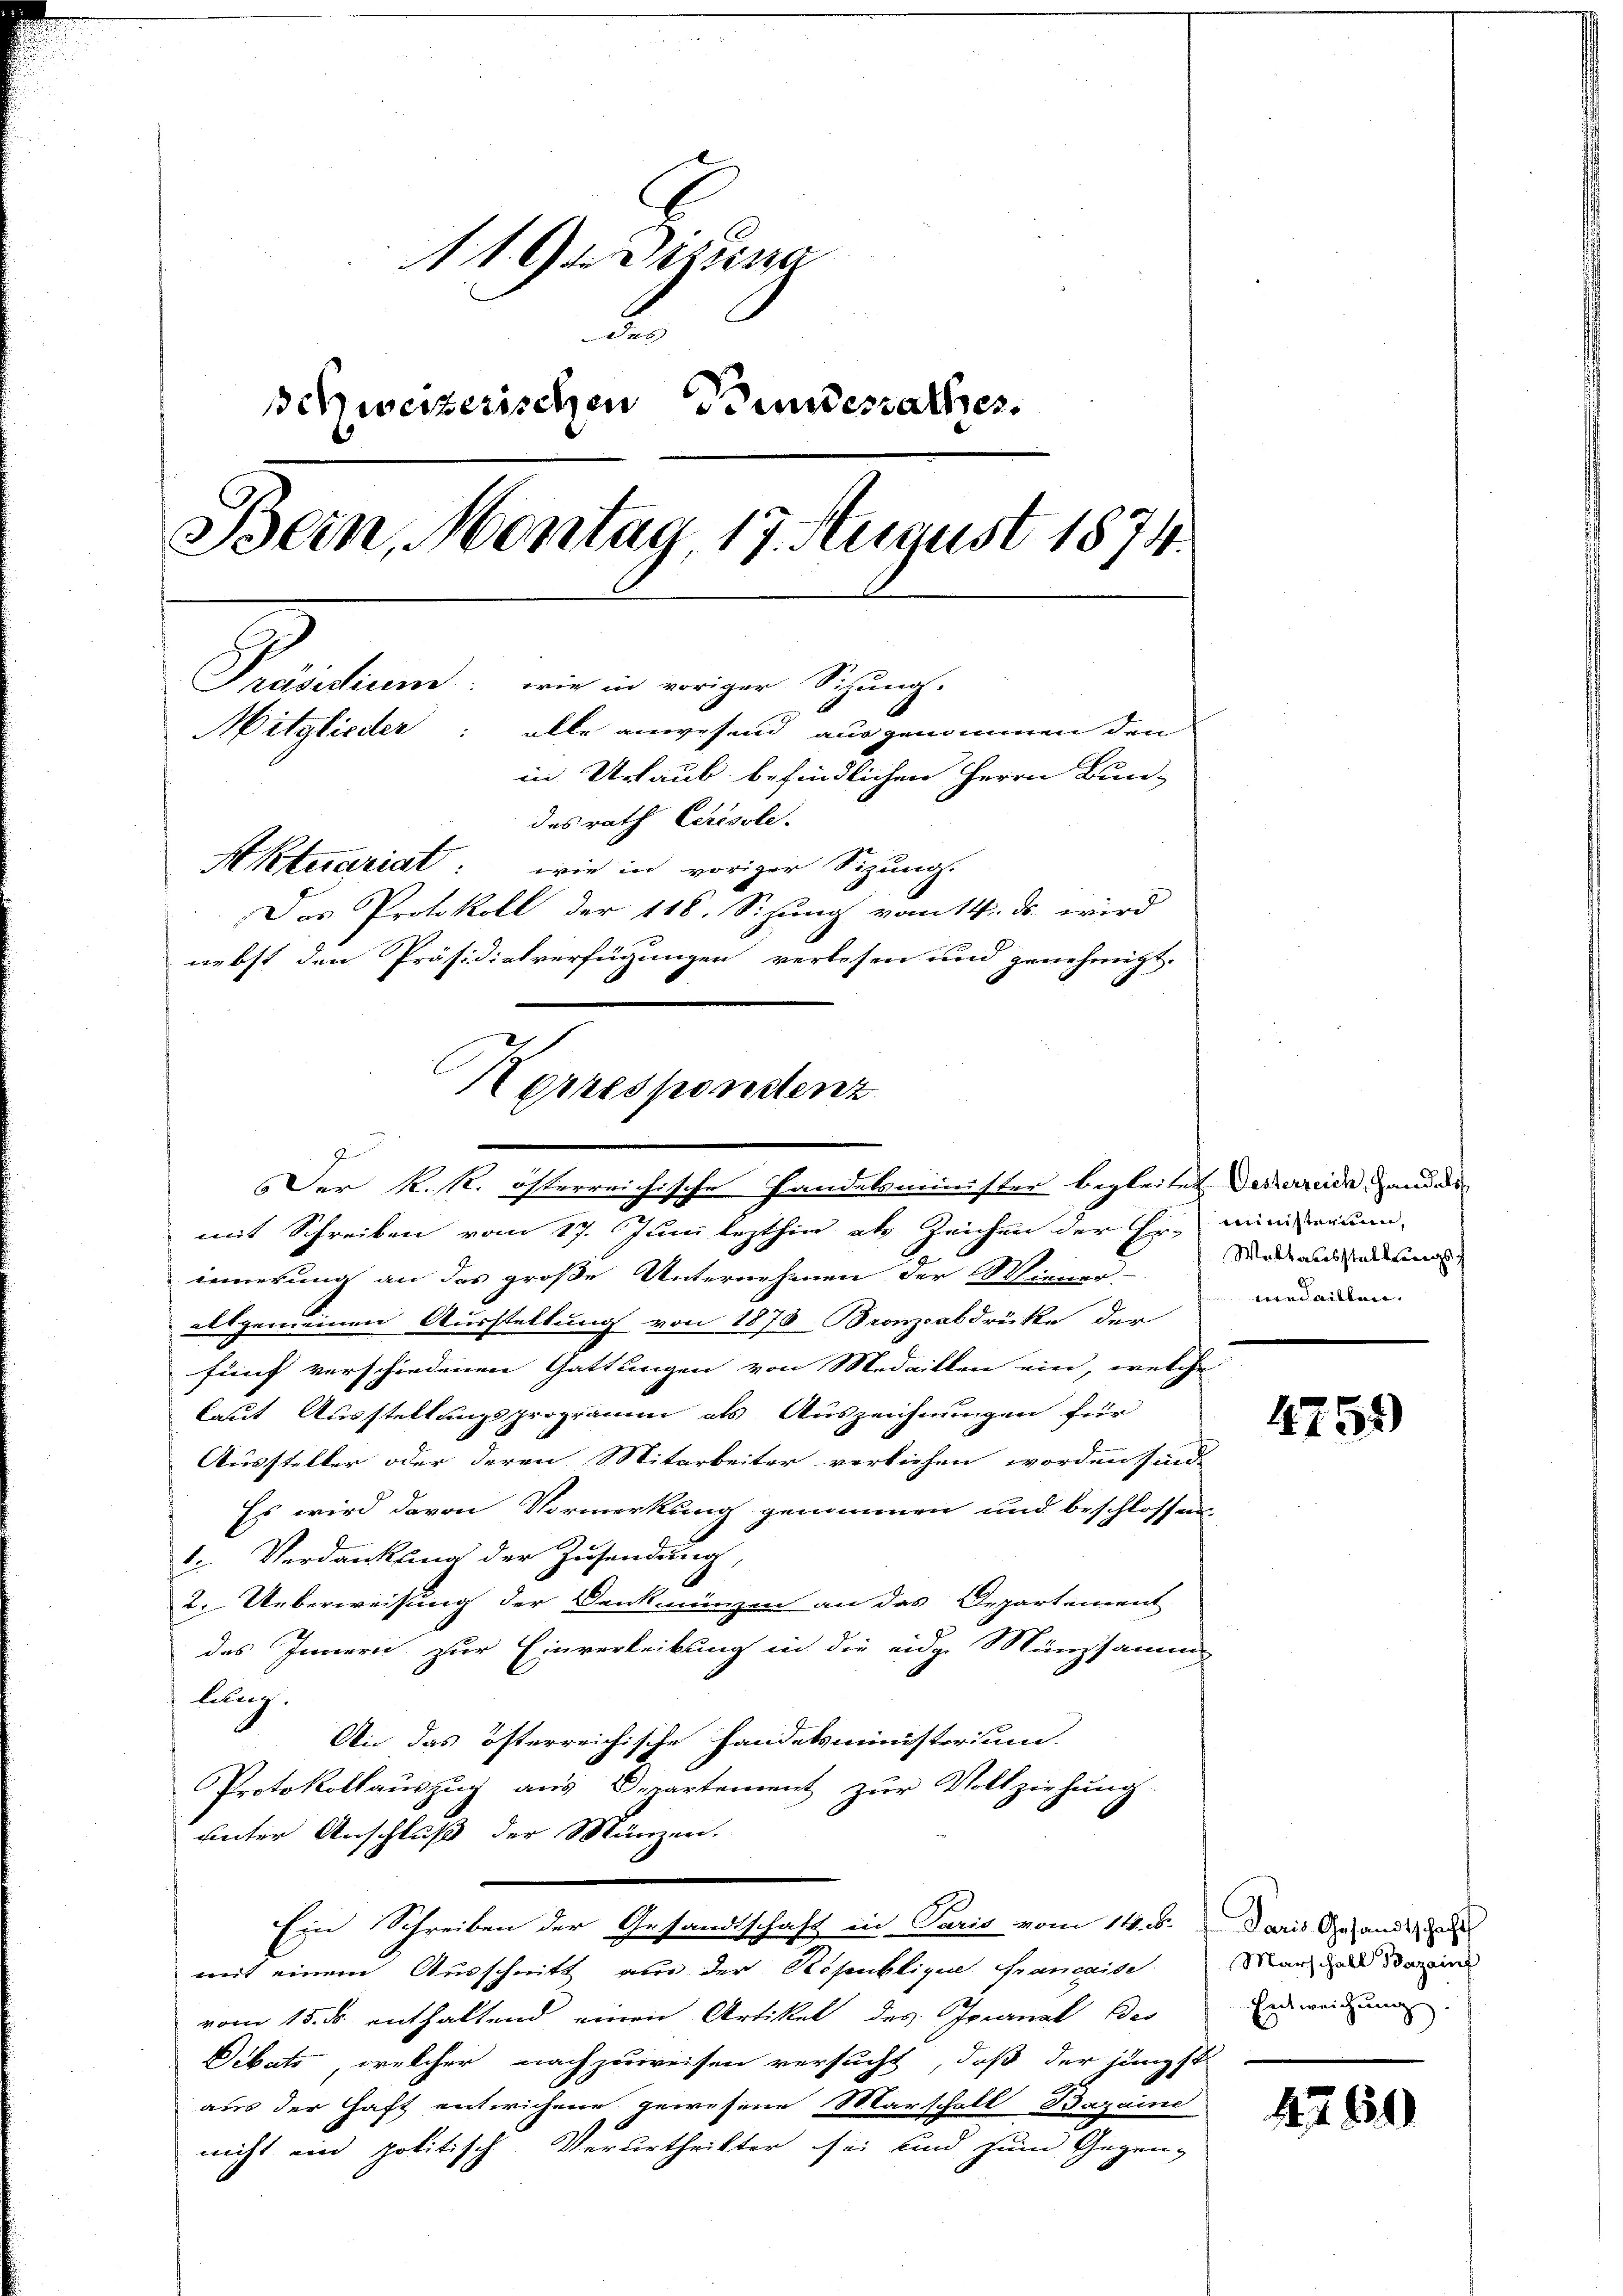
119. Darina
d
schweizerischen Bundesrathes
Bern, Montag 17. August 1874.
Präsidium: wie in voriger Sichung.
Mitglieder: alle anwesend ausgenommen den
in Urlaub befindlichen Herrn Bun-
desrath Crisole
Mktecariat: wie in voriger Sizung.
Das Protokoll der 118. Sizung vom 14. ds. wird
nebst den Präsidietverfügungen verlesen und genehmigt.

Herresponstenz
Der K. k. österreichische Handelsminister begleitet des weide, und de

mit Schreiben vom 17. Juni lezthin als Zeichen der Er-
innerung an das große Unternehmen der Wiener
allgemeinen Ausstellung von 1870 Bronzabdrücke der
fünf verschiedenen Gattungen von Medaillen ein, welche
laut Ausstellungsprogramm als Auszeichnungen für
Aussteller oder deren Mitarbeiter verliehen worden sind.
Es wird davon Vormerkung genommen und beschlossen
6. Verdankung der Zusendung,
2. Ueberweisung der Denkmünzen an das Departement
des Innern zur Einverleitung in die eidg. Münzsamm
lung.
An das österreichische Handelsministerium.
Protokollauszug aus Departement zur Vollziehung
unter Anschluß der Münzen.
Ein Schreiben der Gesandtschaft in Paris vom 14. b. Daris Gesandt
mit einem Ausschnitt aus der Republique. Francaise
vom 15. ds. enthaltend einen Artikel des Granal des
Dibats, welcher nachzuweisen versucht, daß der jüngst
aus der Haft entwichene gewesene Marschalt Bazaind
nicht ein politisch Verurtheilter sei und zum Gegen-

ministerium,
Weltausstellungsmedaillen. |

4759)

Marschall Bazain
Entweichung

1269